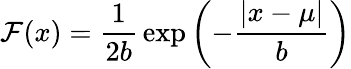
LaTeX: \mathcal{F}(x)={\frac{{1}}{{2b}}}\exp\left(-{\frac{{|x-\mu|}}{{b}}}\right)